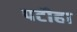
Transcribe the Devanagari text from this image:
पटौहा